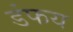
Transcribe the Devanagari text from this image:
डंफय